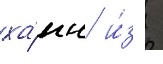
ха́нн и́з